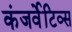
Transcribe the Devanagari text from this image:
कंजर्वेटिव्स